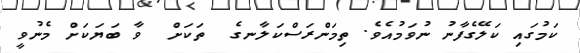
ކަމުގައި ކަލޭގެފާނު ނުވަމުއެވެ. ތިމަންރަސްކަލާނގެ  ތަކަށް  ވާ ބަޔަކަށް މެނުވީ